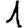
Digit: 1